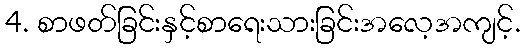
4. စာဖတ်ခြင်းနှင့်စာရေးသားခြင်းအလေ့အကျင့်.